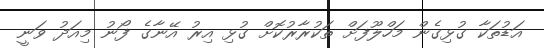
އަޑުތަކާ ގުޅިގެން މަހްލޫފަށް ތަކުރާރުކޮށް ގުޅި އިރު އޭނާގެ ފޯނު މިއަދު ވަނީ